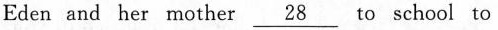
Eden and her mother \underline{28} to school to